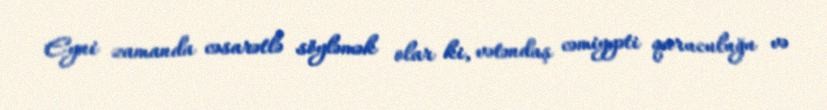
Eyni zamanda cəsarətlə söyləmək olar ki, vətəndaş cəmiyyəti quruculuğu və